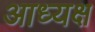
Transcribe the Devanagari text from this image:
आध्यक्ष